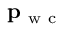
\mathbf { p } _ { \mathrm { ~ w ~ c ~ } }